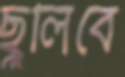
ছুলিবে